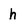
Character: h